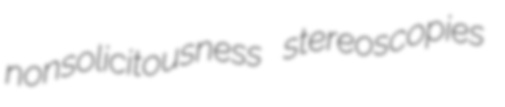
nonsolicitousness stereoscopies